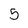
Character: 5